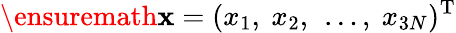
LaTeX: \ensuremath{\mathbf{x}}=(x_{1},\ x_{2},\ \dots,\ x_{3N})^{\mathrm{T}}